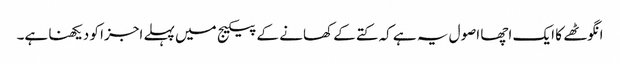
انگوٹھے کا ایک اچھا اصول یہ ہے کہ کتے کے کھانے کے پیکیج میں پہلے اجزا کو دیکھنا ہے۔